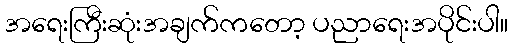
အရေးကြီးဆုံးအချက်ကတော့ ပညာရေးအပိုင်းပါ။